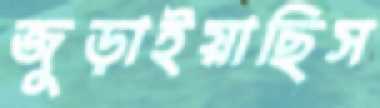
জুড়াইয়াছিস